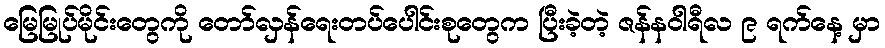
မြေမြုပ်မိုင်းတွေကို တော်လှန်ရေးတပ်ပေါင်းစုတွေက ပြီးခဲ့တဲ့ ဇန်နဝါရီလ ၉ ရက်နေ့ မှာ